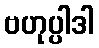
ဗဟုပ္ပါဒါ